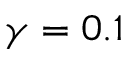
\gamma = 0 . 1